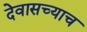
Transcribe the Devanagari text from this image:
देवासच्याच